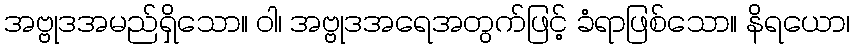
အဗ္ဗုဒအမည်ရှိသော။ ဝါ၊ အဗ္ဗုဒအရေအတွက်ဖြင့် ခံရာဖြစ်သော။ နိရယော၊